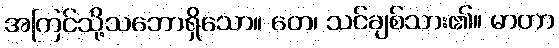
အကြင်သို့သဘောရှိသော။ တေ၊ သင်ချစ်သား၏။ မာတာ